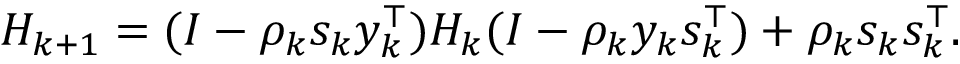
H _ { k + 1 } = ( I - \rho _ { k } s _ { k } y _ { k } ^ { \top } ) H _ { k } ( I - \rho _ { k } y _ { k } s _ { k } ^ { \top } ) + \rho _ { k } s _ { k } s _ { k } ^ { \top } .